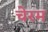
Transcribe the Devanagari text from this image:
चेरम